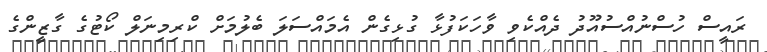
ރައީސް ހުސްނުއްސުއޫދު ދެއްކެވި ވާހަކަފުޅާ ގުޅިގެން އެމައްސަލަ ބެލުމަށް ކްރިމިނަލް ކޯޓުގެ ގާޒީންގެ